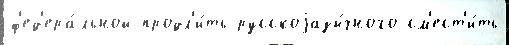
ф'ед'ера́льной продл'и́ть русскоjазы́чного см'ест'и́ть